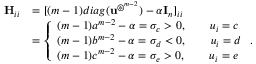
\begin{array} { r l } { \mathbf H _ { i i } } & { = [ ( m - 1 ) d i a g ( \mathbf u ^ { \circledast ^ { m - 2 } } ) - \alpha \mathbf I _ { n } ] _ { i i } } \\ & { = \left\{ \begin{array} { l l } { ( m - 1 ) a ^ { m - 2 } - \alpha = \sigma _ { c } > 0 , \quad \quad u _ { i } = c } \\ { ( m - 1 ) b ^ { m - 2 } - \alpha = \sigma _ { d } < 0 , \quad \quad u _ { i } = d } \\ { ( m - 1 ) c ^ { m - 2 } - \alpha = \sigma _ { e } > 0 , \quad \quad u _ { i } = e } \end{array} \right. . } \end{array}